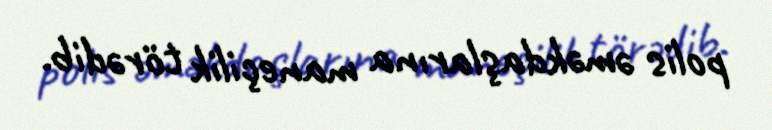
polis əməkdaşlarına maneçilik törədib.